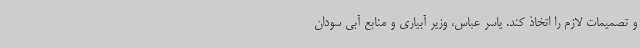
و تصمیمات لازم را اتخاذ کند. یاسر عباس، وزیر آبیاری و منابع آبی سودان